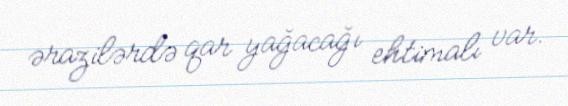
ərazilərdə qar yağacağı ehtimalı var.